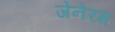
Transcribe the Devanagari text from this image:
जेनेरम